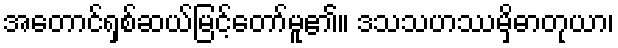
အတောင်ရှစ်ဆယ်မြင့်တော်မူ၏။ ဒသသဟဿမှိဓာတုယာ၊